Tartu_Kolgata_baptistikogudus, lk 85
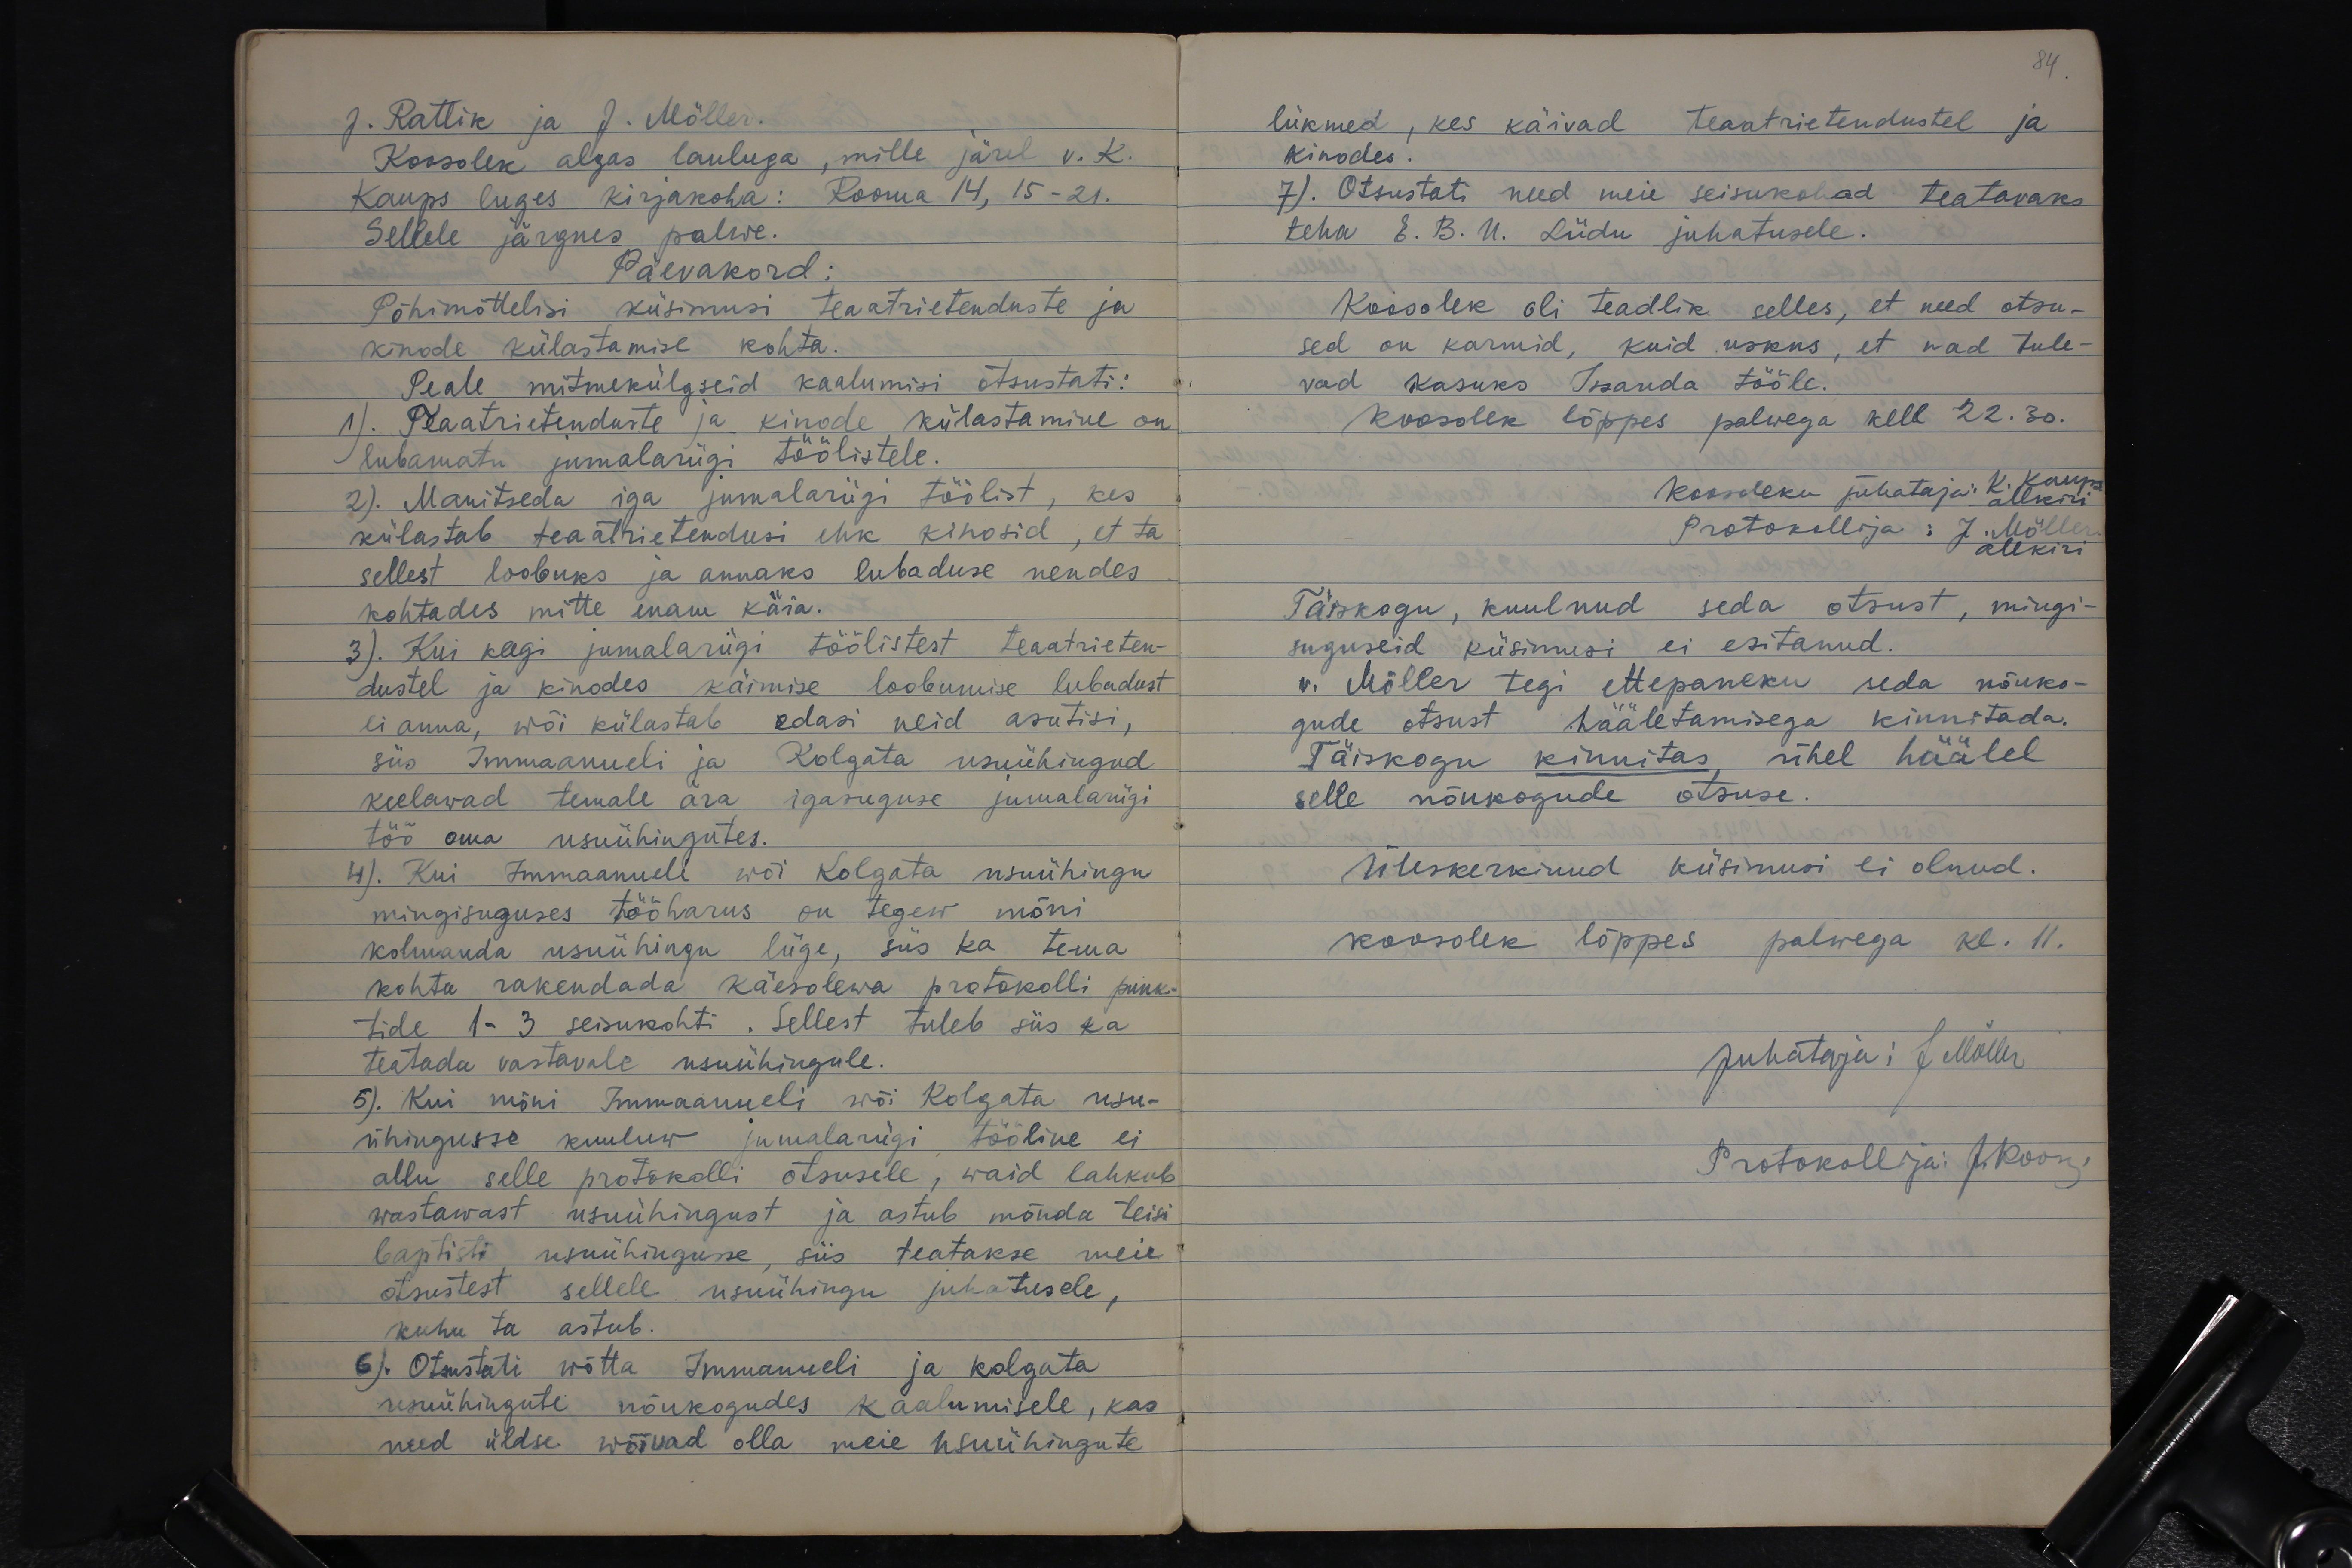
84

J. Rattik ja J. Möller.
Koosolek algas lauluga, mille järel v. K.
Kaups luges kirjakoha: Rooma 14, 15-21.
Sellele järgnes palwe.
Päevakord:
Põhimõttelisi küsimusi teaatrietenduste ja
kinode külastamise kohta.
Peale mitmekülgseid kaalumisi otsustati:
1). Teaatrietenduste ja kinode külastamine on
lubamatu jumalariigi töölistele.
2). Manitseda iga jumalariigi töölist, kes
külastab teaatrietendusi ehk kinosid, et ta
sellest loobuks ja annaks lubaduse nendes
kohtades mitte enam käia.
3). Kui keegi jumalariigi töölistest teaatrieten-
dustel ja kinodes käimise loobumise lubadust
ei anna, wõi külastab edasi neid asutisi,
siis Immaanueli ja Kolgata usuühingud
keelawad temale ära igasuguse jumalariigi
töö oma usuühingutes.
4). Kui Immaanueli wõi Kolgata usuühingu
mingisuguses tööharus on tegew mõni
kolmanda usuühingu liige, siis ka tema
kohta rakendada käesolewa protokolli punk-
tide 1-3 seisukohti. Sellest tuleb siis ka
teatada vastavale ususühingule.
5). Kui mõni Immaanueli wõi Kolgata usu-
ühingusse kuuluw jumalariigi tööline ei
allu selle protokolli otsusele, waid lahkub
wastawast usuühingust ja astub mõnda teisi
baptisti usuühingusse, siis teatakse meie
otsustest sellele usuühingu juhatusele,
kuhu ta astub.
6). Otsustati wõtta Immanueli ja Kolgata
usuühingute nõukogudes kaalumisele, kas
need üldse wõivad olla meie usuühingute

liikmed, kes käivad teaatrietendustel ja
kinodes.
7). Otsustati need meie seisukohad teatavaks
teha E. B. U. Liidu juhatusele.
Koosolek oli teadlik selles, et need otsu-
sed on karmid, kuid uskus, et nad tule-
vad kasuks Issanda tööle.
Koosolek lõppes palwega kell 22.30.
Koosoleku juhataja: K. Kaups allkiri
Protokollija: J.Möller allkiri
Täiskogu, kuulnud seda otsust, mingi-
suguseid küsimusi ei esitanud.
v. Möller tegi ettepaneku seda nõuko-
gude otsust hääletamisega kinnitada.
Täiskogu kinnitas ühel häälel
selle nõukogude otsuse.
Üleskerkinud küsimusi ei olnud.
koosolek lõppes palwega kl. 11.
Juhataja: J Möller
Protokollija: J. Koon,